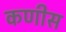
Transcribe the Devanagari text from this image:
कणीस